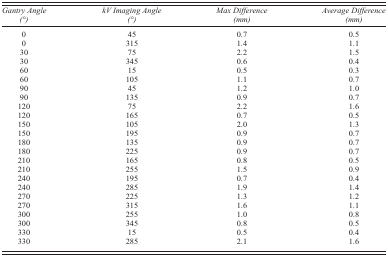
<table><thead><tr><td><b><i>Gantry Angle (°)</i></b></td><td><b><i>kV Imaging Angle (°)</i></b></td><td><b><i>Max Difference (mm)</i></b></td><td><b><i>Average Difference (mm)</i></b></td></tr></thead><tbody><tr><td>0</td><td>45</td><td>0.7</td><td>0.5</td></tr><tr><td>0</td><td>315</td><td>1.4</td><td>1.1</td></tr><tr><td>30</td><td>75</td><td>2.2</td><td>1.5</td></tr><tr><td>30</td><td>345</td><td>0.6</td><td>0.4</td></tr><tr><td>60</td><td>15</td><td>0.5</td><td>0.3</td></tr><tr><td>60</td><td>105</td><td>1.1</td><td>0.7</td></tr><tr><td>90</td><td>45</td><td>1.2</td><td>1.0</td></tr><tr><td>90</td><td>135</td><td>0.9</td><td>0.7</td></tr><tr><td>120</td><td>75</td><td>2.2</td><td>1.6</td></tr><tr><td>120</td><td>165</td><td>0.7</td><td>0.5</td></tr><tr><td>150</td><td>105</td><td>2.0</td><td>1.3</td></tr><tr><td>150</td><td>195</td><td>0.9</td><td>0.7</td></tr><tr><td>180</td><td>135</td><td>0.9</td><td>0.7</td></tr><tr><td>180</td><td>225</td><td>0.9</td><td>0.7</td></tr><tr><td>210</td><td>165</td><td>0.8</td><td>0.5</td></tr><tr><td>210</td><td>255</td><td>1.5</td><td>0.9</td></tr><tr><td>240</td><td>195</td><td>0.7</td><td>0.4</td></tr><tr><td>240</td><td>285</td><td>1.9</td><td>1.4</td></tr><tr><td>270</td><td>225</td><td>1.3</td><td>1.2</td></tr><tr><td>270</td><td>315</td><td>1.6</td><td>1.1</td></tr><tr><td>300</td><td>255</td><td>1.0</td><td>0.8</td></tr><tr><td>300</td><td>345</td><td>0.8</td><td>0.5</td></tr><tr><td>330</td><td>15</td><td>0.5</td><td>0.4</td></tr><tr><td>330</td><td>285</td><td>2.1</td><td>1.6</td></tr></tbody></table>